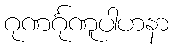
ဂုဏင်္ဂုဏူပါဟနာ